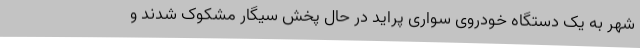
شهر به یک دستگاه خودروی سواری پراید در حال پخش سیگار مشکوک شدند و